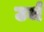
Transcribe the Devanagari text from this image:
उर्ज